Report of the Indian Hemp Drugs Commission, 1894-1895 - Volume IV
Year: 1894
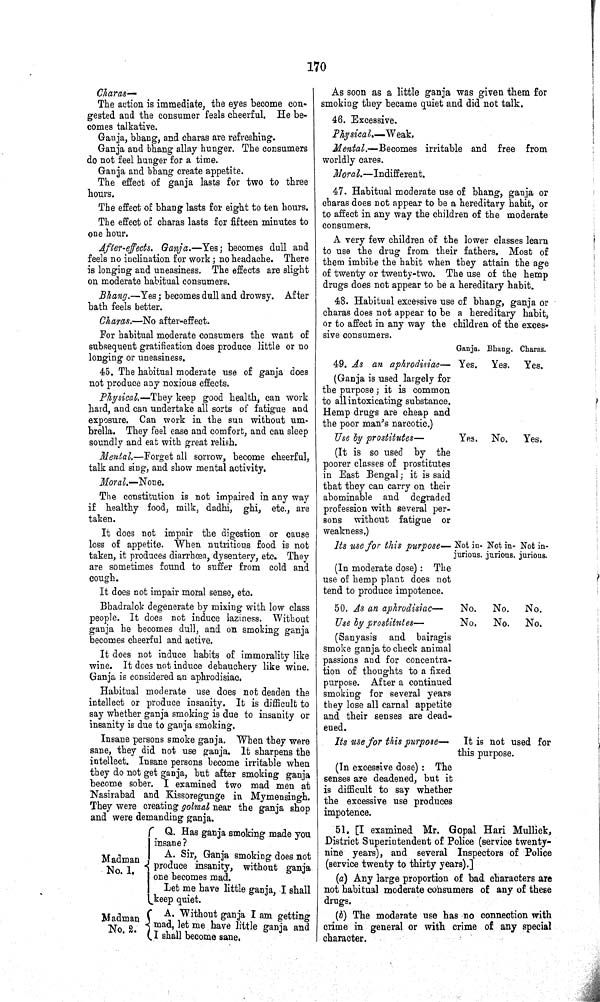
170
Charas—
The action is immediate, the eyes become con¬
gested and the consumer feels cheerful. He be¬
comes talkative.
Ganja, bhang, and charas are refreshing.
Ganja and bhang allay hunger. The consumers
do not feel hunger for a time.
Ganja and bhang create appetite.
The effect of ganja lasts for two to three
hours.
The effect of bhang lasts for eight to ten hours.
The effect of charas lasts for fifteen minutes to
one hour.
After-effects. Ganja.—Yes; becomes dull and
feels no inclination for work; no headache. There
is longing and uneasiness. The effects are slight
on moderate habitual consumers.
Bhang.—Yes; becomes dull and drowsy. After
bath feels better.
Charas.—No after-effect.
For habitual moderate consumers the want of
subsequent gratification does produce little or no
longing or uneasiness.
45. The habitual moderate use of ganja does
not produce any noxious effects.
Physical.—They keep good health, can work
hard, and can undertake all sorts of fatigue and
exposure. Can work in the sun without um-
brella. They feel ease and comfort, and can sleep
soundly and eat with great relish.
Mental.—Forget all sorrow, become cheerful,
talk and sing, and show mental activity.
Moral.— None.
The constitution is not impaired in any way
if healthy food, milk, dadhi, ghi, etc., are
taken.
It does not impair the digestion or cause
loss of appetite. When nutritious food is not
taken, it produces diarrhœa, dysentery, etc. They
are sometimes found to suffer from cold and
cough.
It does not impair moral sense, etc.
Bhadralok degenerate by mixing with low class
people. It does not induce laziness. Without
ganja he becomes dull, and on smoking ganja
becomes cheerful and active.
It does not induce habits of immorality like
wine. It does not induce debauchery like wine.
Ganja is considered an aphrodisiac.
Habitual moderate use does not deaden the
intellect or produce insanity. It is difficult to
say whether ganja smoking is due to insanity or
insanity is due to ganja smoking.
Insane persons smoke ganja. When they were
sane, they did not use ganja. It sharpens the
intellect. Insane persons become irritable when
they do not get ganja, but after smoking ganja
become sober. I examined two mad men at
Nasirabad and Kissoregunge in Mymensingh.
They were creating golmal near the ganja shop
and were demanding ganja.
Madman
No. 1.
Q. Has ganja smoking made you
insane ?
A. Sir, Ganja smoking does not
produce insanity, without ganja
one becomes mad.
Let me have little ganja, I shall
keep quiet.
Madman
No. 2.
A. Without ganja I am getting
mad, let me have little ganja and
I shall become sane.
As soon as a little ganja was given them for
smoking they became quiet and did not talk.
46. Excessive.
Physical.—Weak.
Mental.—Becomes irritable and free from
worldly cares.
Moral.—Indifferent.
47. Habitual moderate use of bhang, ganja or
charas does not appear to be a hereditary habit, or
to affect in any way the children of the moderate
consumers.
A very few children of the lower classes learn
to use the drug from their fathers. Most of
them imbibe the habit when they attain the age
of twenty or twenty-two. The use of the hemp
drugs does not appear to be a hereditary habit.
48. Habitual excessive use of bhang, ganja or
charas does not appear to be a hereditary habit,
or to affect in any way the children of the exces¬
sive consumers.
Ganja. Bhang. Charas.
49. As an aphrodisiac — Yes. Yes. Yes.
(Ganja is used largely for
the purpose; it is common
to all intoxicating substance.
Hemp drugs are cheap and
the poor man's narcotic.)
Use by prostitutes —
Yes. No. Yes.
(It is so used by the
poorer classes of prostitutes
in East Bengal; it is said
that they can carry on their
abominable and degraded
profession with several per¬
sons without fatigue or
weakness.)
Its use for this purpose— Not in-
jurious.
Not in-
jurious.
Not in-
jurious.
(In moderate dose): The
use of hemp plant does not
tend to produce impotence.
50. As an aphrodisiac—
No.
No.
No.
Use by prostitutes—
No.
No. No.
(Sanyasis and bairagis
smoke ganja to check animal
passions and for concentra¬
tion of thoughts to a fixed
purpose. After a continued
smoking for several years
they lose all carnal appetite
and their senses are dead¬
ened.
Its use for this purpose— It is not used for
this purpose.
(In excessive dose): The
senses are deadened, but it
is difficult to say whether
the excessive use produces
impotence.
51. [I examined Mr. Gopal Hari Mullick,
District Superintendent of Police (service twenty-
nine years), and several Inspectors of Police
(service twenty to thirty years).]
(a) Any large proportion of bad characters are
not habitual moderate consumers of any of these
drugs.
(b) The moderate use has no connection with
crime in general or with crime of any special
character.